Civil Veterinary Department. United Provinces 1912-22 - 1912-1922
Year: 1912
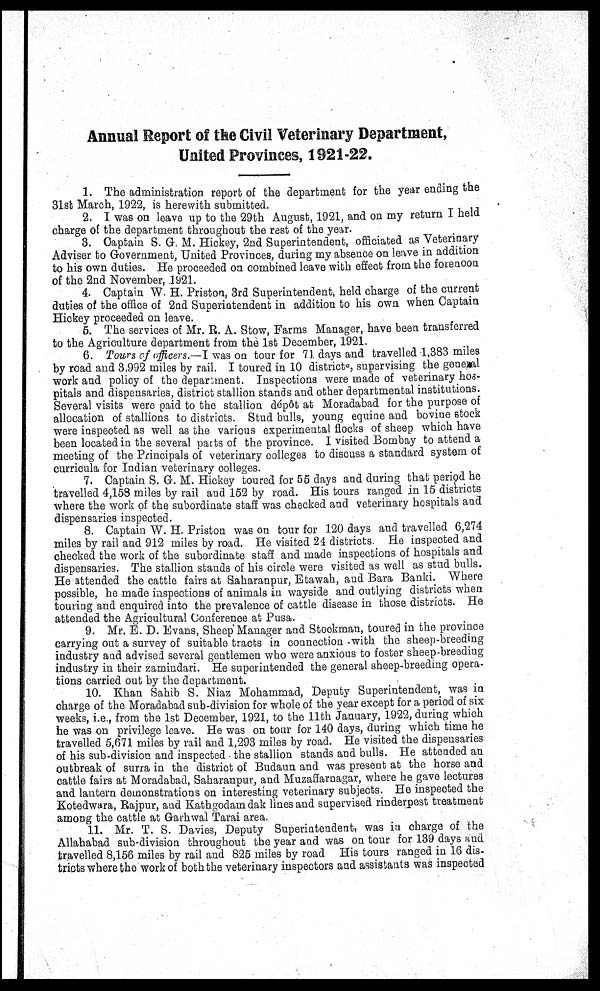
Annual Report of the Civil Veterinary Department,
United Provinces, 1921-22.
1. The administration report of the department for the year ending the
31st March, 1922, is herewith submitted.
2. I was on leave up to the 29th August, 1921, and on my return I held
charge of the department throughout the rest of the year.
3. Captain S. G. M. Hickey, 2nd Superintendent, officiated as Veterinary
Adviser to Government, United Provinces, during my absence on leave in addition
to his own duties. He proceeded on combined leave with effect from the forenoon
of the 2nd November, 1921.
4. Captain W. H. Priston, 3rd Superintendent, held charge of the current
duties of the office of 2nd Superintendent in addition to his own when Captain
Hickey proceeded on leave.
5. The services of Mr. R. A. Stow, Farms Manager, have been transferred
to the Agriculture department from the 1st December, 1921.
6. Tours of officers.—I was on tour for 71. days and travelled 1,383 miles
by road and 3,992 miles by rail. I toured in 10 districts supervising the general
work and policy of the department. Inspections were made of veterinary hos-
pitals and dispensaries, district stallion stands and other departmental institutions.
Several visits were paid to the stallion depot at Moradabad for the purpose of
allocation of stallions to districts. Stud bulls, young equine and bovine stock
were inspected as well as the various experimental flocks of sheep which have
been located in the several parts of the province. I visited Bombay to attend a
meeting of the Principals of veterinary colleges to discuss a standard system of
curricula for Indian veterinary colleges.
7. Captain S. G. M. Hickey toured for 55 days and during that period he
travelled 4,158 miles by rail and 152 by road. His tours ranged an 15 districts
where the work of the subordinate staff was checked and veterinary hospitals and
dispensaries inspected.
8. Captain W. H. Priston was on tour for 120 days and travelled 6,274
miles by rail and 912 miles by road. He visited 24 districts. He inspected and
checked the work of the subordinate staff and made inspections of hospitals and
dispensaries. The stallion stands of his circle were visited as well as stud bulls.
He attended the cattle fairs at Saharanpur, Etawah, and Bara Banki. Where
possible, he made inspections of animals in wayside and outlying districts when
touring and enquired into the prevalence of cattle disease in those districts. He
attended the Agricultural Conference at Pusa.
9. Mr. E. D. Evans, Sheep Manager and Stockman, toured in the province
carrying out a survey of suitable tracts in connection with the sheep-breeding
industry and advised several gentlemen who were anxious to foster sheep breeding
industry in their zamindari. He superintended the general sheep-breeding opera-
tions carried out by the department.
10. Khan Sahib S. Niaz Mohammad, Deputy Superintendent, was in
charge of the Moradabad sub-division for whole of the year except for a period of six
weeks, i.e., from the 1st December, 1921, to the 11th January, 1922, during which
he was on privilege leave. He was on tour for 140 days, during which time he
travelled 5,071 miles by rail and 1,293 miles by road. He visited the dispensaries
of his sub-division and inspected the stallion stands and bulls. He attended an
outbreak of surra in the district of Budaun and was present at the horse and
cattle fairs at Moradabad, Saharanpur, and Muzaffarnagar, where he gave lectures
and lantern demonstrations on interesting veterinary subjects. He inspected the
Kotedwara, Rajpur, and Kathgodam dak lines and supervised rinderpest treatment
among the cattle at Garhwal Tarai area.
11. Mr. T. S. Davies, Deputy Superintendent, was in charge of the
Allahabad sub-division throughout the year and was on tour for 139 days and
travelled 8,156 miles by rail and 825 miles by road His tours ranged in 16 dis-
tricts where the work of both the veterinary inspectors and assistants was inspected